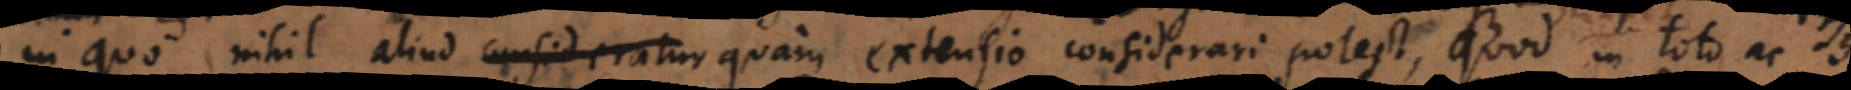
in quo nihil aliud consideratur quam extensio considerari potest, quod in toto ac